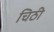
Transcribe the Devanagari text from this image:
चिठी